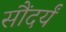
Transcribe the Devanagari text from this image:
सौंदर्यं